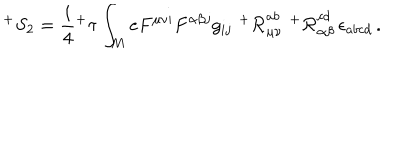
^ { + } S _ { 2 } = \frac { i } { 4 } { ^ + \tau } \int _ { M } e F ^ { \mu \nu i } F ^ { \alpha \beta j } g _ { i j } \, \, { ^ + { \cal R } } _ { \mu \nu } ^ { a b } \, \, { ^ + { \cal R } } _ { \alpha \beta } ^ { c d } \, \epsilon _ { a b c d } \, .